Rasina_vallavalitsus, lk 57
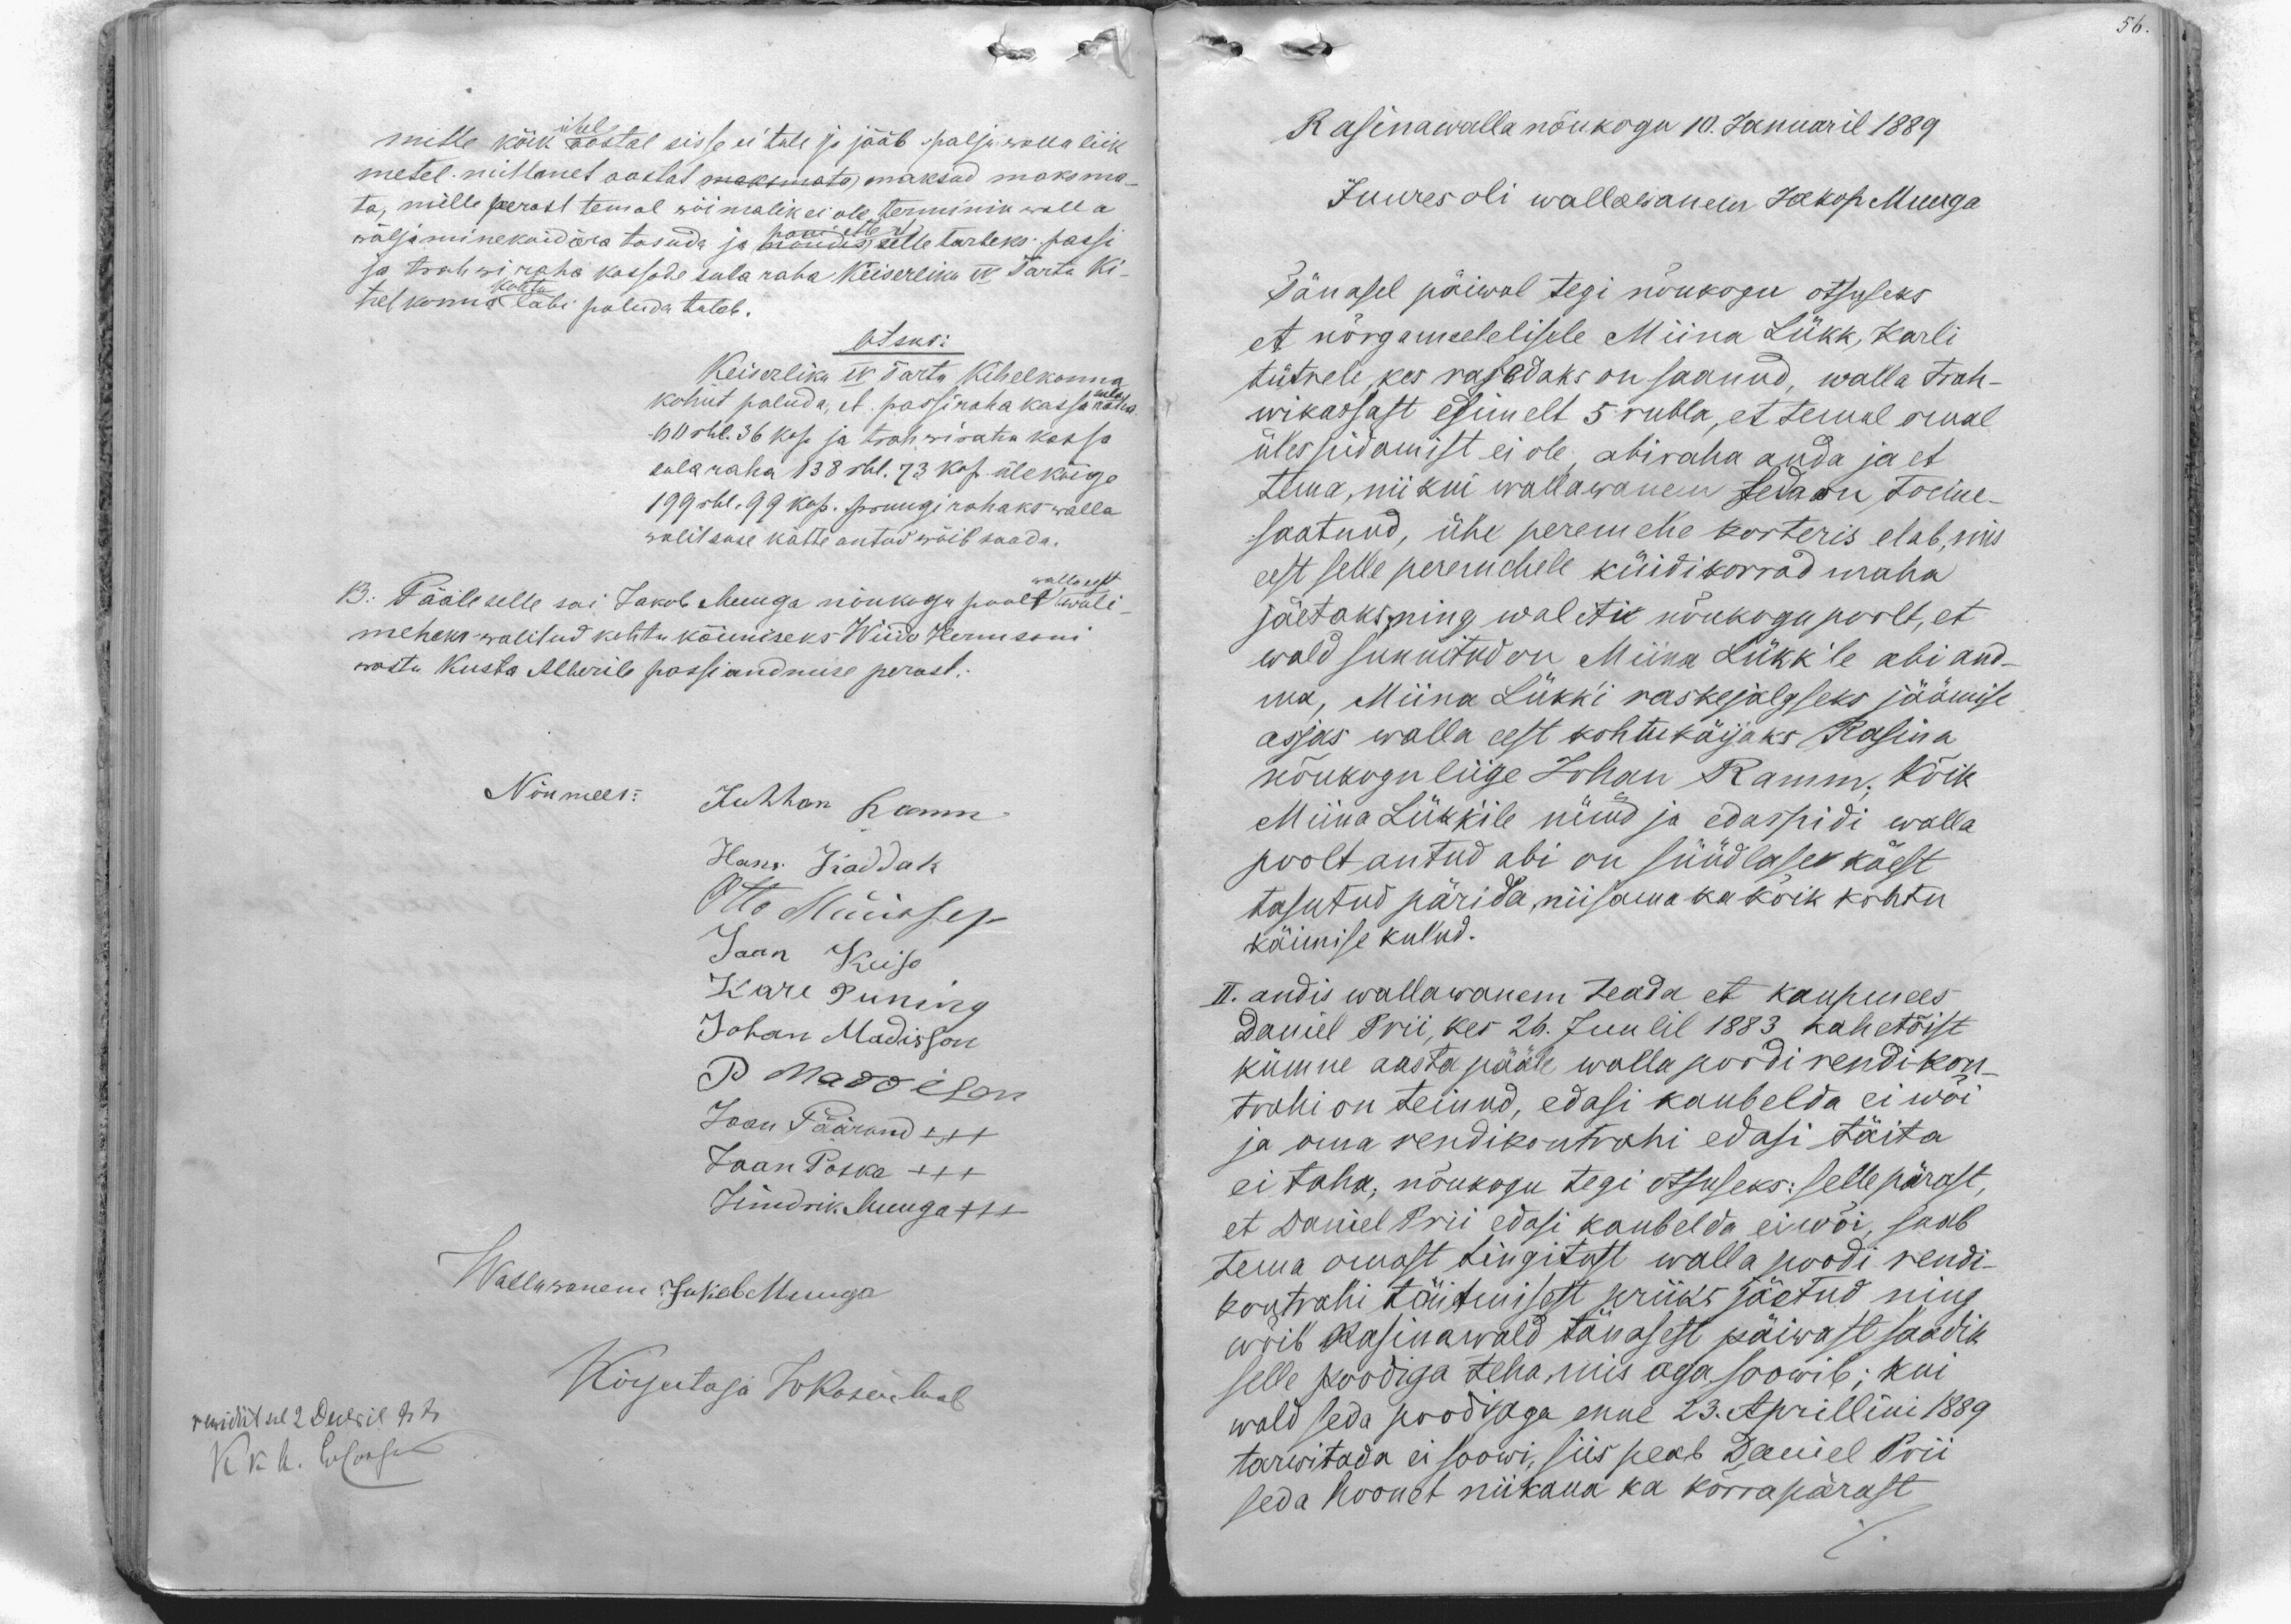
mitte kõik aastal sisse ei tule ja jääb palju walla liik
ühel
metel mittmel aastat maksmata) maksud maksma-
ta, mille perast temal wõimalik ei ole terminik walla
wäljaminekuid ära tasuda ja nõudis selle tarbeks passi
pani ette et
ja trahwiraha kassade sula raha Keiserliku IV Tartu Ki-
kohtu
helkonna läbi paluda tuleb.
Otsus:
Keiserliku IV Tartu Kihelkonna
kohut paluda, et passiraha kassa raha
sula
60 rbl. 36 kop. ja trahwiraha kassa
sula raha 138 rbl. 73 kop. ülekõige
199 rbl. 99 kop. pruugirahaks walla
walitsuse kätte antud wõib saada.
B. Pääle selle sai Jakob Muuga nõukogu poolt woli
walla eest
meheks walitud kohtu käimiseks Wiido Hermsoni
wastu Kusta Alberile passi andmise perast.
Nõumees: Juhhan Ramm
Hans Kaddak
Otto Müürsep
Jaan Keiso
Karl Puning
Johan Madisson
P. Maddison
Jaan Päärand XXX
Jaan Poska XXX
Hindrik Muuga +++
Wallawanem Jakob Muuga
Kirjutaja WRosentaal
rewidirt sel 2 Decbril 88
K. K. A. Lustanem

Rasina walla nõukogu 10. Januaril 1889.
Juures oli wallawanem Jakop Muuga
Tänasel päiwal tegi nõukogu otsuseks
et nõrgameelelisele Miina Lükk, Karli
tütrele, kes rasedaks on saanud, walla trah-
wikassast esimelt 5 rubla, et temal omal
ülespidamist ei ole, abiraha anda ja et
tema, nii kui wallawanem seda on toime-
saatnud, ühe peremehe korteris elab, mis
eest selle peremehele küidi korrad maha
jäetaks ning waliti nõukogu poolt, et
wald sunnitud on Miina Lükk'le abi and-
ma, Miina Lükk'i raskejalgseks jäämise
asjas walla eest kohtukäijaks Rasina
nõukogu liige Johan Ramm; Kõik
Miina Lükk'ile nüüd ja edaspidi walla
poolt antud abi on süüdlase käest
tasutud pärida, niisama ka kõik kohtu
käimise kulud.
II. andis wallawanem teada et kaupmees
Daniel Prii, kes 26. Juulil 1883 kahetõist
kümne aasta pääle walla poodi rendi-kon-
trahi on teinud, edasi kaubelda ei wõi
ja oma rendikontrahi edasi täita
ei taha, nõukogu tegi otsuseks: selle pärast,
et Daniel Prii edasi kaubelda ei wõi saab
tema omast tingitust walla poodi rendi-
kontrahi täitmisest priiks jäetud ning
wõib Rasinawald tänasest päiwast saadik
selle poodiga teha, mis aga soowib; kui
wald seda poodi aga enne 23. Aprillini 1889
tarwitada ei soowi, siis peab Daniel Prii
seda hoonet niikaua ka korrapärast